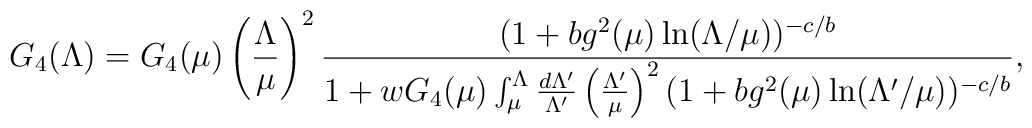
G_4(\Lambda) = G_4(\mu) \left(\frac{\Lambda}{\mu}\right)^2\frac{( 1+bg^2(\mu)\ln(\Lambda/\mu) )^{-c/b}}{1 + w G_4(\mu) \int_{\mu}^{\Lambda}\frac{d\Lambda'}{\Lambda'}\left(\frac{\Lambda'}{\mu}\right)^2( 1+bg^2(\mu)\ln(\Lambda'/\mu) )^{-c/b}},